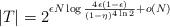
LaTeX: \begin{align*} |T|=2^{\epsilon N\log\frac{4\epsilon(1-\epsilon)}{(1-\eta)^{4\ln2}}+o(N)}\end{align*}